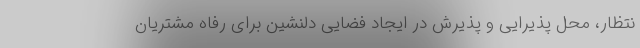
نتظار، محل پذیرایی و پذیرش در ایجاد فضایی دلنشین برای رفاه مشتریان